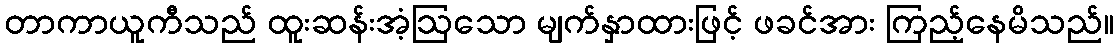
တာကာယူကီသည် ထူးဆန်းအံ့ဩသော မျက်နှာထားဖြင့် ဖခင်အား ကြည့်နေမိသည်။